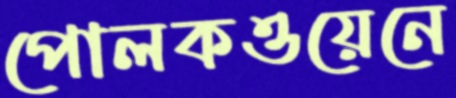
পোলকওয়েনে